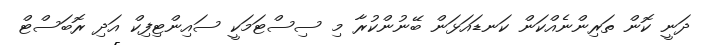
ދަނީ ކޮން ތަރިންނެއްކަން ކަނޑައަޅަން ބޭނުންކުރާ މި ސިސްޓަމަކީ ސައިންޓިފިކް އަދި ރޮބަސްޓް